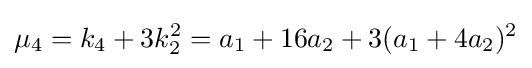
\mu _{4}=k_{4}+3k_{2}^{2}=a_{1}+16a_{2}+3(a_{1}+4a_{2})^{2}